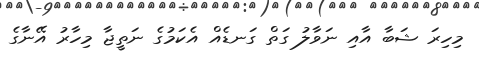
މިހިރަ ޝަބާ އާއި ނަވާލު ގަތް ގަނޑެއް އެކަމުގެ ނަތީޖާ މިހާރު އޭނާގެ